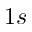
1 s